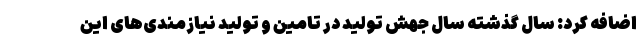
اضافه کرد: سال گذشته سال جهش تولید در تامین و تولید نیازمندی‌های این